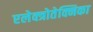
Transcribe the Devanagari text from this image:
एलेक्त्रोतेक्निका